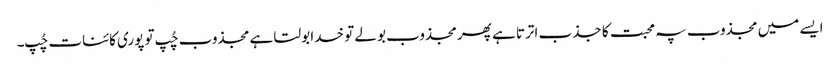
ایسے میں مجذوب پہ محبت کا جذب اترتا ہے پھر مجذوب بولے تو خدا بولتا ہے مجذوب چُپ تو پوری کائنات چُپ۔